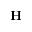
\textbf { H }